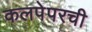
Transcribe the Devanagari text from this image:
कलपेपरची